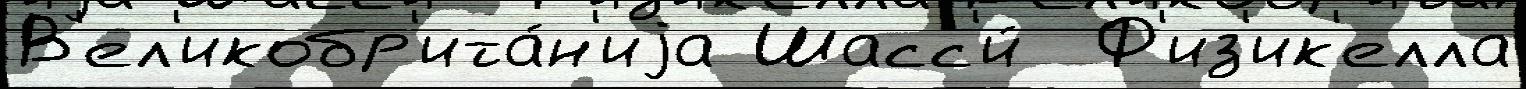
В'ел'икобр'ита́н'иjа Шасс'и́  Ф'из'ик'елла